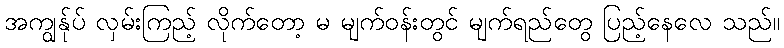
အကျွန်ုပ် လှမ်းကြည့် လိုက်တော့ မ မျက်ဝန်းတွင် မျက်ရည်တွေ ပြည့်နေလေ သည်။